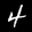
Label: 4